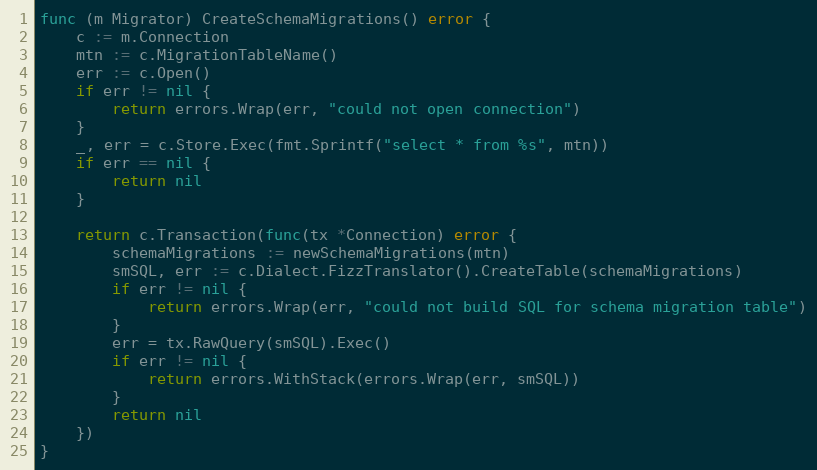
Language: Go
func (m Migrator) CreateSchemaMigrations() error {
	c := m.Connection
	mtn := c.MigrationTableName()
	err := c.Open()
	if err != nil {
		return errors.Wrap(err, "could not open connection")
	}
	_, err = c.Store.Exec(fmt.Sprintf("select * from %s", mtn))
	if err == nil {
		return nil
	}

	return c.Transaction(func(tx *Connection) error {
		schemaMigrations := newSchemaMigrations(mtn)
		smSQL, err := c.Dialect.FizzTranslator().CreateTable(schemaMigrations)
		if err != nil {
			return errors.Wrap(err, "could not build SQL for schema migration table")
		}
		err = tx.RawQuery(smSQL).Exec()
		if err != nil {
			return errors.WithStack(errors.Wrap(err, smSQL))
		}
		return nil
	})
}